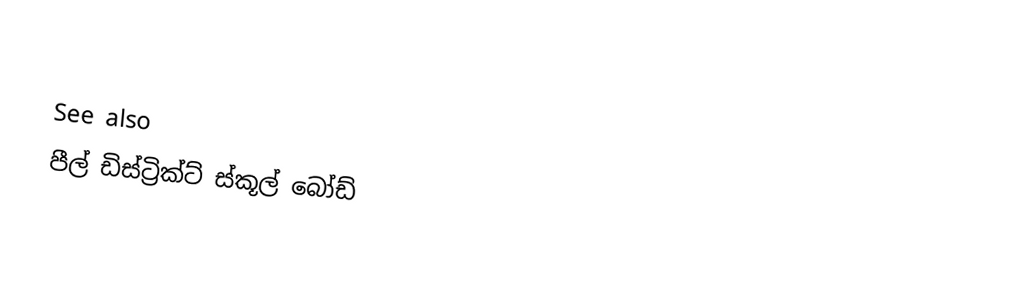

See also
 පීල් ඩිස්ට්‍රික්ට් ස්කූල් බෝඩ්